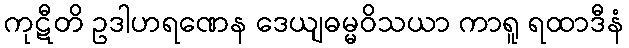
ကုဋီတိ ဥဒါဟရဏေန ဒေယျဓမ္မဝိသယာ ကာရူ ရထာဒီနံ